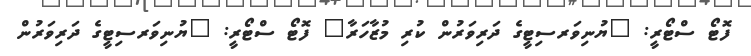
ފޮޓޯ ސްޓޯރީ: "ޔުނިވަރސިޓީގެ ދަރިވަރުން ކުރި މުޒާހަރާ" ފޮޓޯ ސްޓޯރީ: "ޔުނިވަރސިޓީގެ ދަރިވަރުން